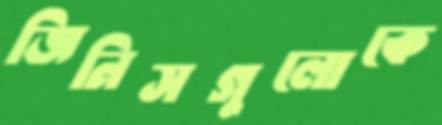
জিনিসগুলোকে